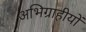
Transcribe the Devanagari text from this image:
अभिग्राहीयों